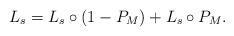
LaTeX: \begin{align*} L_s = L_s\circ (1-P_M) + L_s\circ P_M.\end{align*}